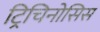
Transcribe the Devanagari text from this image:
ट्रिचिनोसिस